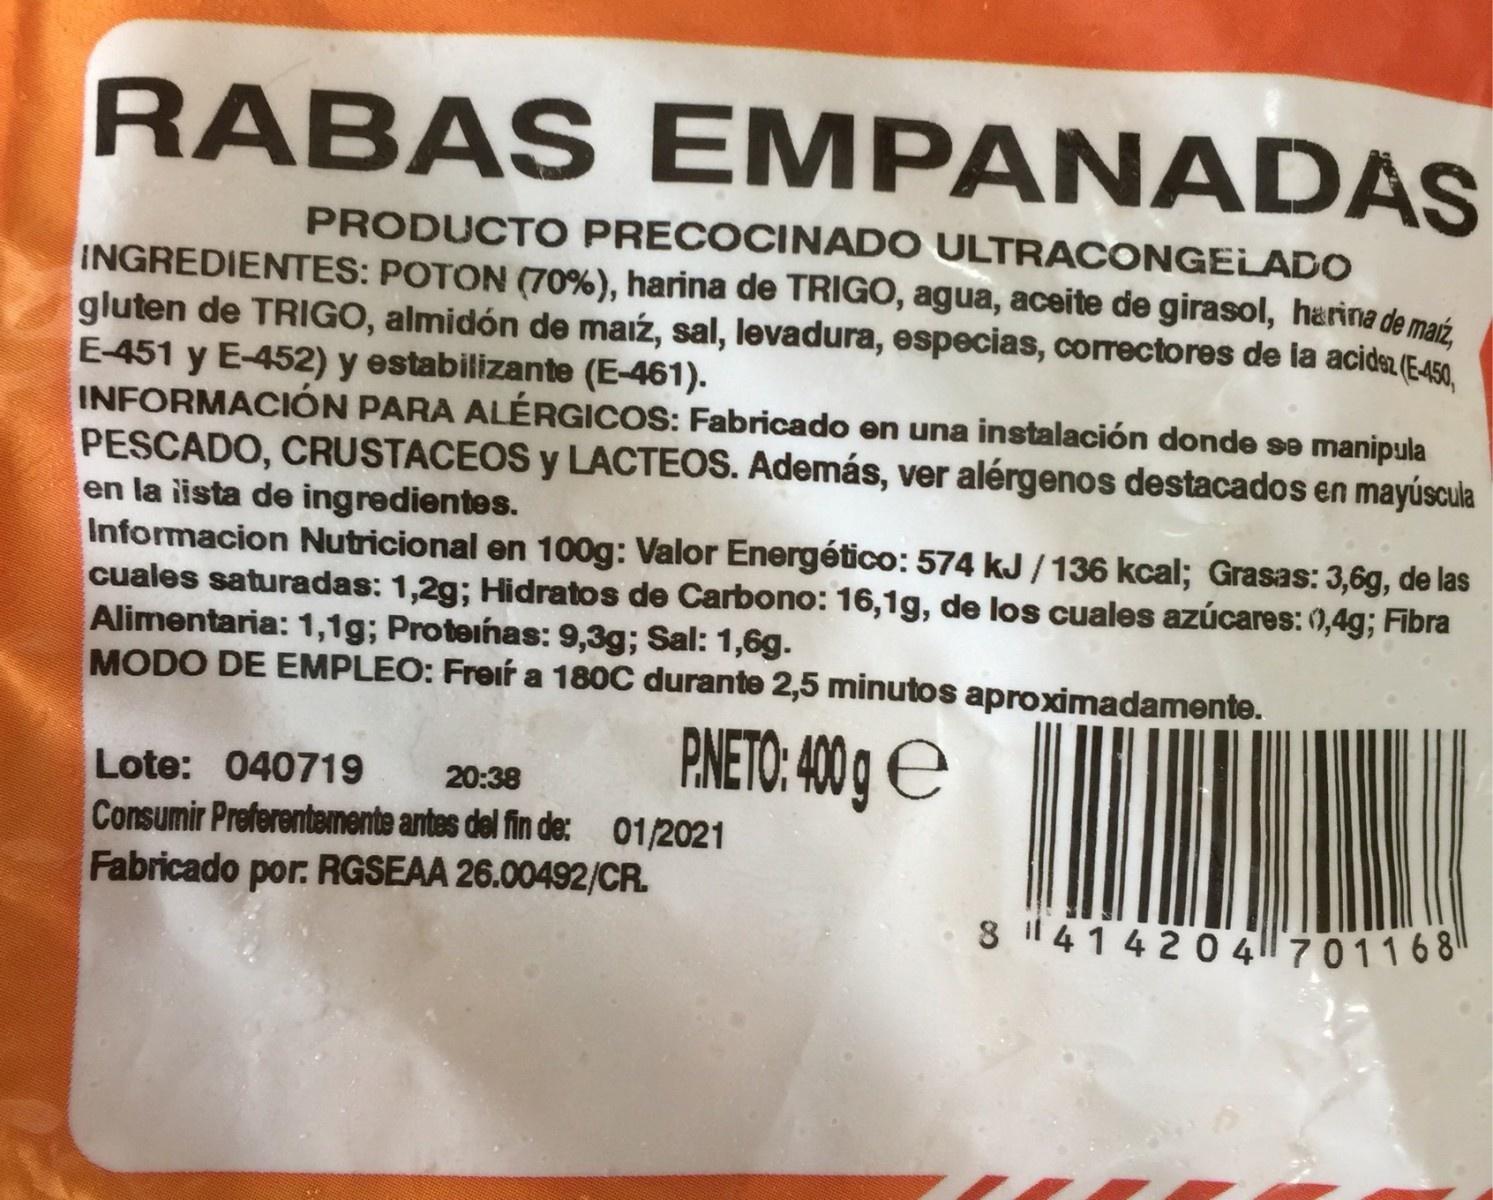
RABAS EMPANADAS PRODUCTO PRECOCINADO ULTRACONGELADO INGREDIENTES: POTON (70%), harina de TRIGO, agua, aceite de girasol, harina de maiź gluten de TRIGO, almidón de maiź, sal, levadura, especias, correctores de la acids (E-450 E-451 y E-452) y estabilizante (E-461). INFORMACIÓN PARA ALÉRGICOS: Fabricado en una instalación donde se manipula PESCADO, CRUSTACEOS y LACTEOS. Además, ver alérgenos destacados en mayúscula en la iista de ingredientes. Informacion Nutricional en 100g: Valor Energético: 574 kJ/136 kcal; Grasas: 3,6g, de las cuales saturadas: 1,2g; Hidratos de Carbono: 16,1g, de los cuales azúcares: 0,4g; Fibra Alimentaria: 1,1g; Proteinas: 9,3g; Sal: 1,6g. MODO DE EMPLEO: Freif a 180C durante 2,5 minutos aproximadamente. PNETO: 400 ge Lote: 040719 20:38 Consumir Preferentemente antes del fin de: 01/2021 Fabricado por. RGSEAA 26.00492/CR. 8 41420 4701168